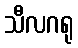
သီလဂရု